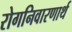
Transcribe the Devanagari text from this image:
रोगनिवारणार्थ